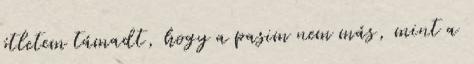
ötletem támadt, hogy a pasim nem más, mint a